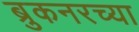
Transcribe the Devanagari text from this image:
ब्रुकनरच्या